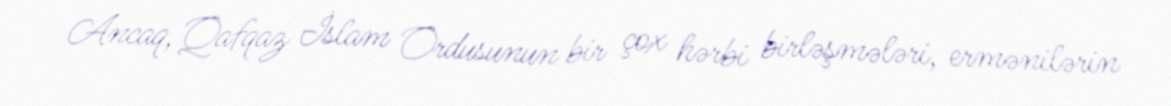
Ancaq, Qafqaz İslam Ordusunun bir çox hərbi birləşmələri, ermənilərin